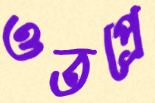
ওতপ্রে